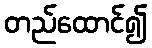
တည်ထောင်၍